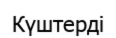
Күштерді